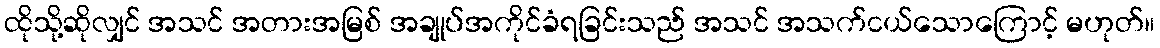
ထိုသို့ဆိုလျှင် အသင် အတားအမြစ် အချုပ်အကိုင်ခံရခြင်းသည် အသင် အသက်ငယ်သောကြောင့် မဟုတ်။